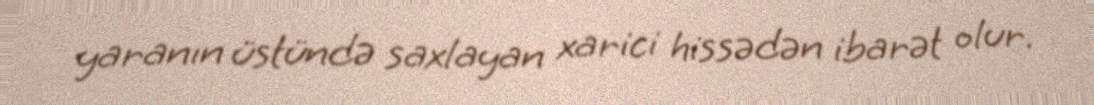
yaranın üstündə saxlayan xarici hissədən ibarət olur.